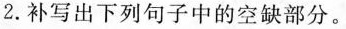
2.补写出下列句子中的空缺部分。